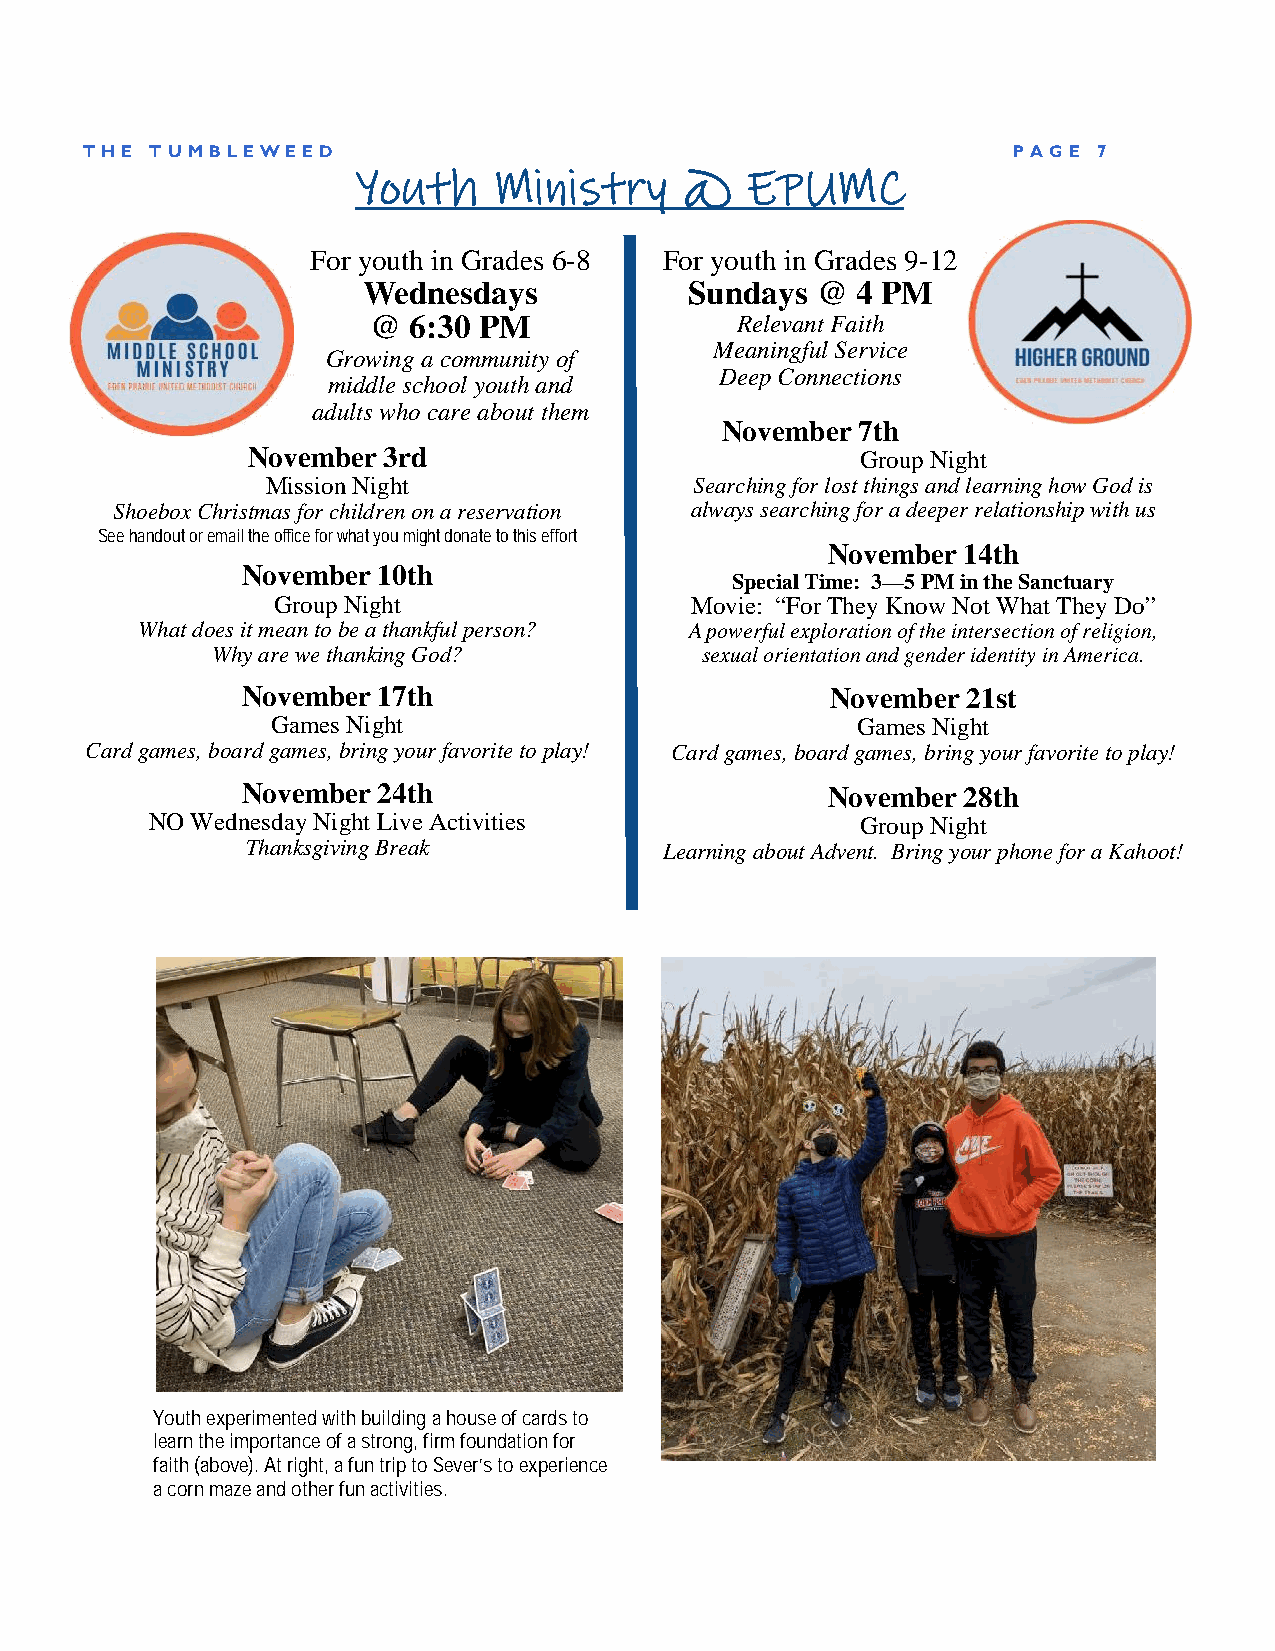
TH E TUMB LE WE ED                                           P AGE 7
 Youth    Ministry    @   EPUMC
 For youth in Grades 6-8 For youth in Grades 9-12
 Wednesdays            Sundays @  4 PM
 @ 6:30 PM               Relevant Faith
 Meaningful Service
 Growing a community of
 Deep Connections
 middle school youth and
 adults who care about them
 November 7th
 November 3rd                             Group Night
 Mission Night               Searching for lost things and learning how God is
 Shoebox Christmas for children on a reservation always searching for a deeper relationship with us
 See handout or email the office for what you might donate to this effort
 November 14th
 November 10th
 Special Time: 3—5PM in the Sanctuary
 Group Night                 Movie: “For They Know Not What They Do”
 What does it mean to be a thankful person? A powerful exploration of the intersection of religion,
 Why are we thanking God?        sexual orientation and gender identity in America.
 November 17th                          November 21st
 Games Night                            Games Night
 Card games, board games, bring your favorite to play! Card games, board games, bring your favorite to play!
 November 24th                          November 28th
 NO Wednesday Night Live Activities             Group Night
 Thanksgiving Break          Learning about Advent. Bring your phone for a Kahoot!
 Youth experimented with building a house of cards to
 learn the importance of a strong, firm foundation for
 faith (above). At right, a fun trip to Sever’s to experience
 a corn maze and other fun activities.